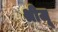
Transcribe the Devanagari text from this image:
श्रीजू